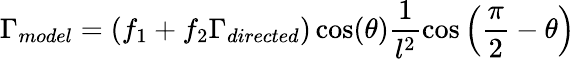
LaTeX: \Gamma_{model}=(f_{1}+f_{2}\Gamma_{directed})\cos(\theta)\frac{1}{l^{2}}\cos\left(\frac{\pi}{2}-\theta\right)